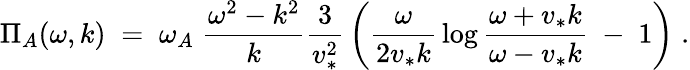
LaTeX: {\Pi_{A}(\omega,k)\; =\; \omega_{A}\; {\frac{\omega^{2}-k^{2}}{k}}{\frac{3}{v_{*}^{2}}}\left({\frac{\omega}{2v_{*}k}}\log{\frac{\omega+v_{*}k}{\omega-v_{*}k}}\; -\; 1\right)\; .}